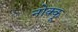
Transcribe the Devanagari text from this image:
नोक्कू